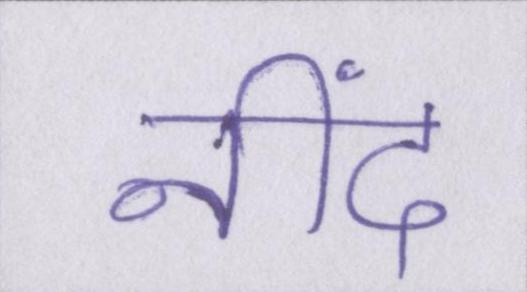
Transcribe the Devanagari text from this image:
नींद